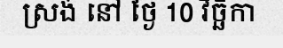
ស្រង់ នៅ ថ្ងៃ 10 វិច្ឆិកា